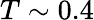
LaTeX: T\sim 0.4